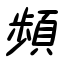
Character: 頻